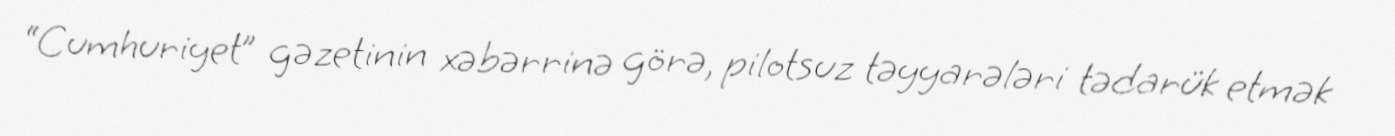
“Cumhuriyet” gəzetinin xəbərrinə görə, pilotsuz təyyarələri tədarük etmək